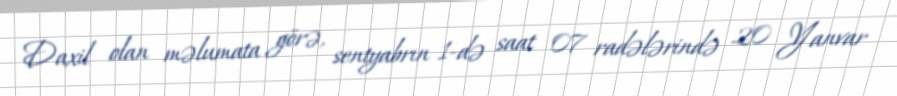
Daxil olan məlumata görə, sentyabrın 1-də saat 07 radələrində 20 Yanvar